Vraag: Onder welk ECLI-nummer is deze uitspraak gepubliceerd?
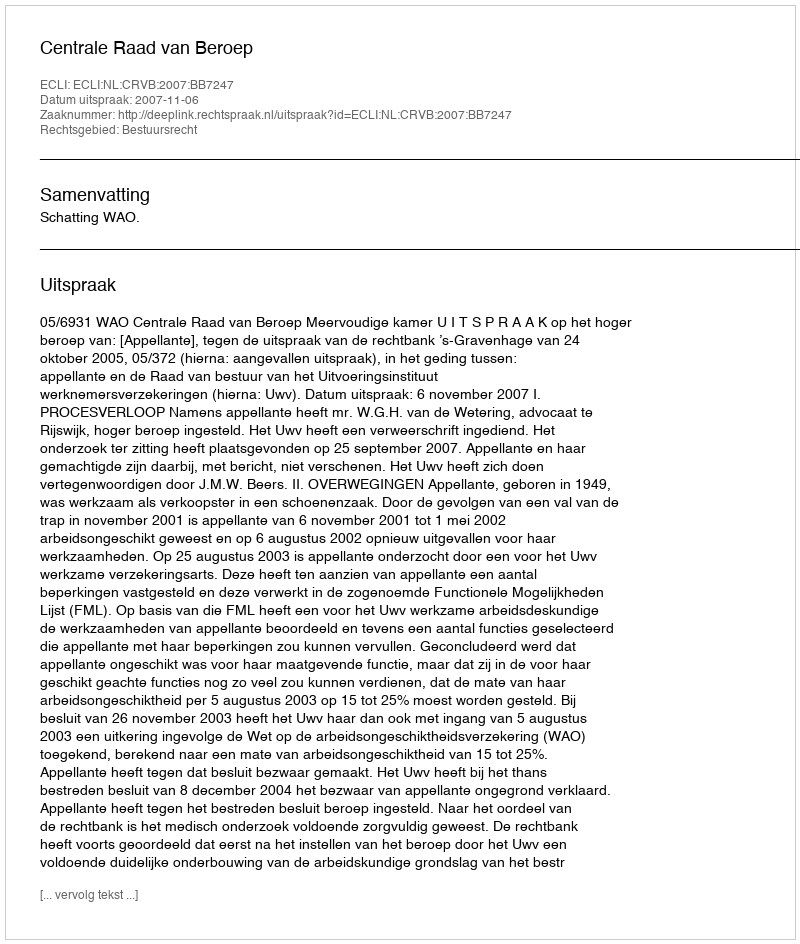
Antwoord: ECLI:NL:CRVB:2007:BB7247